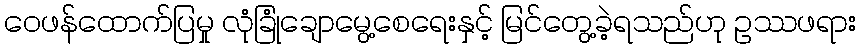
ဝေဖန်ထောက်ပြမှု လုံခြုံချောမွေ့စေရေးနှင့် မြင်တွေ့ခဲ့ရသည်ဟု ဥဿဖရား